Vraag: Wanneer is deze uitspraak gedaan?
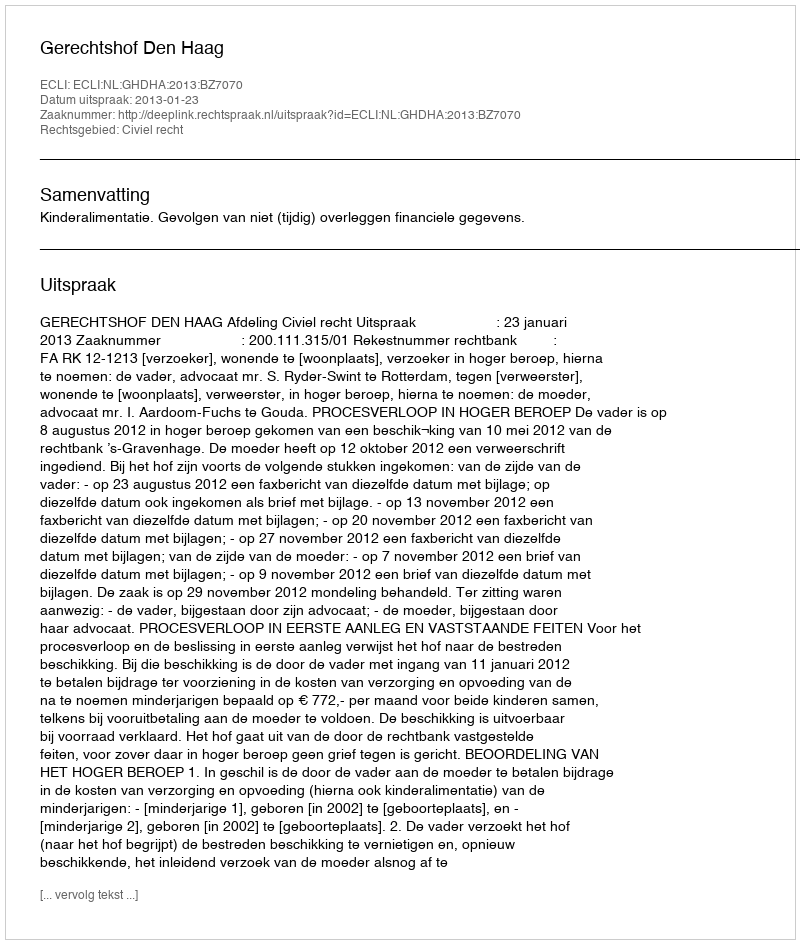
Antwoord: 2013-01-23